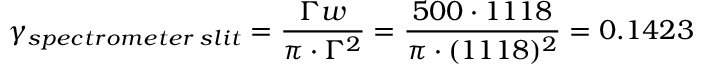
\gamma _ { s p e c t r o m e t e r \: s l i t } = \frac { \Gamma w } { \pi \cdot \Gamma ^ { 2 } } = \frac { 5 0 0 \cdot 1 1 1 8 } { \pi \cdot ( 1 1 1 8 ) ^ { 2 } } = 0 . 1 4 2 3